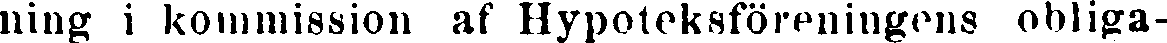
ning i kommission af Hypoteksföreningens obliga-